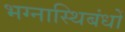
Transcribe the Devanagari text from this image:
भग्नास्थिबंधों